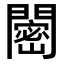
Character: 𬮒